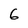
Character: 6